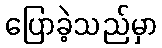
ပြောခဲ့သည်မှာ